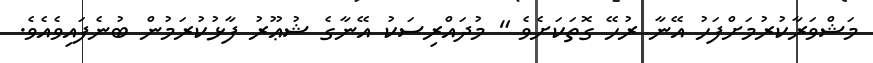
މަޝްވަރާކުރުމަށްފަހު އޭނާ ރުހޭ ގޮތަކަށެވެ " މުދައްރިސަކު އޭނާގެ ޝުޢޫރު ފާޅުކުރަމުން ބުނެފައިވެއެވެ.